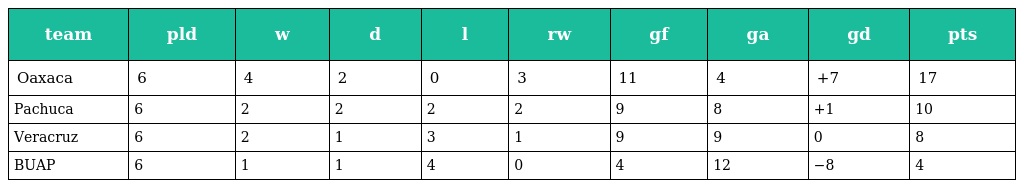
| team | pld | w | d | l | rw | gf | ga | gd | pts |
 | --- | --- | --- | --- | --- | --- | --- | --- | --- | --- |
 | Oaxaca | 6 | 4 | 2 | 0 | 3 | 11 | 4 | +7 | 17 |
 | Pachuca | 6 | 2 | 2 | 2 | 2 | 9 | 8 | +1 | 10 |
 | Veracruz | 6 | 2 | 1 | 3 | 1 | 9 | 9 | 0 | 8 |
 | BUAP | 6 | 1 | 1 | 4 | 0 | 4 | 12 | −8 | 4 |